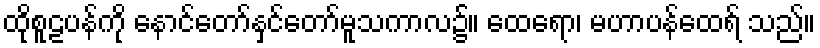
ထိုစူဠပန်ကို နောင်တော်နှင်တော်မူသကာလ၌။ ထေရော၊ မဟာပန်ထေရ် သည်။